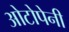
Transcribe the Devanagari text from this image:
ओटोपेनी